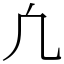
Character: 凢